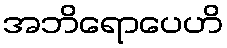
အဘိရောပေဟိ